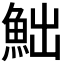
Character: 𩶌